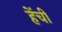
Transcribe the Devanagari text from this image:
हेंची